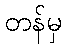
တန်မှ